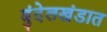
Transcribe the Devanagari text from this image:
बुंदेलखंडात